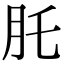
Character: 𦘴